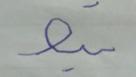
Signature authenticity: forged